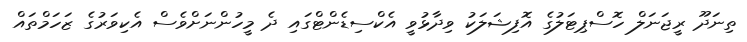
ތިނަދޫ ރީޖަނަލް ހޮސްޕިޓަލުގެ އޮފިޝަލަކު ވިދާޅުވީ އެކްސިޑެންޓްގައި ދެ މީހުންނަށްވެސް އެކިވަރުގެ ޒަހަމްތައް